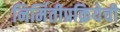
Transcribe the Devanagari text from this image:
निर्मितीप्रक्रियेची